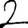
Digit: 2